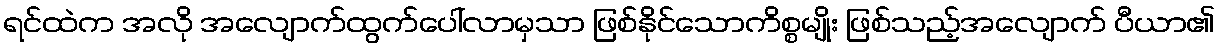
ရင်ထဲက အလို အလျောက်ထွက်ပေါ်လာမှသာ ဖြစ်နိုင်သောကိစ္စမျိုး ဖြစ်သည့်အလျောက် ပီယာ၏